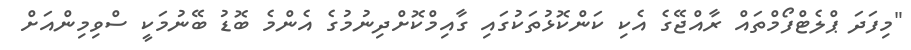
"މިފަދަ ޕްލެޓްފޯމްތައް ރާއްޖޭގެ އެކި ކަންކޮޅުތަކުގައި ގާއިމްކޮށްދިނުމުގެ އެންމެ ބޮޑު ބޭނުމަކީ ސްވިމިންއަށް